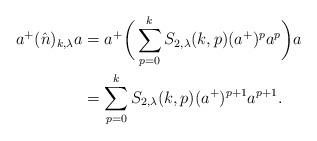
LaTeX: \begin{align*}a^{+}(\hat{n})_{k,\lambda}a &= a^{+}\bigg(\sum_{p=0}^{k}S_{2,\lambda}(k,p)(a^{+})^{p}a^{p}\bigg)a \\&=\sum_{p=0}^{k}S_{2,\lambda}(k,p)(a^{+})^{p+1}a^{p+1}.\end{align*}